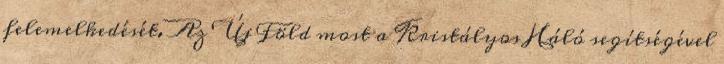
felemelkedését. Az Új Föld most a Kristályos Háló segítségével